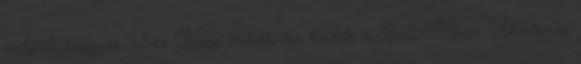
mélylila,buggyos 92-es Nagy érdeklődés kísérte a Bols Mixer Akadémia